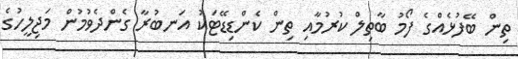
ތިން ބޭފުޅެއްގެ ފޯމު ބާތިލް ކުުރުމާއި ތިން ކެންޑިޑޭޓަކު އަނބުރާ ގެންދެވުމުން މަޖިލީހުގެ